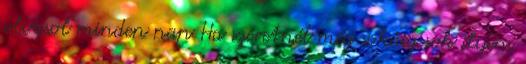
olvasol minden nap Ha szeretnél még sokáig sok ilyen,